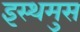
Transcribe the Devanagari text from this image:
इस्थमुस